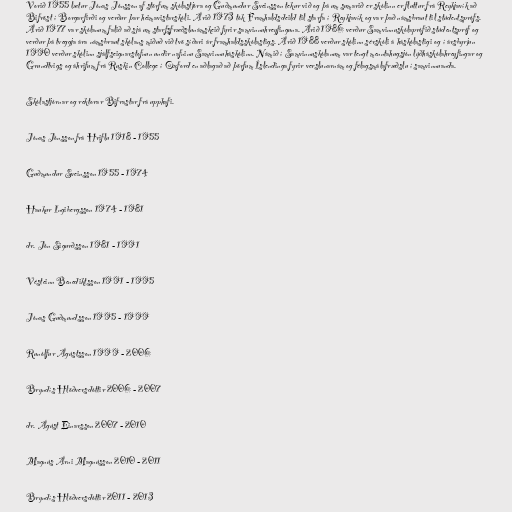
Vorið 1955 lætur Jónas Jónsson af störfum skólastjóra og Guðmundur Sveinsson tekur við og þá um sumarið er skólinn er fluttur frá Reykjavík að
Bifröst í Borgarfirði og verður þar heimavistarskóli. Árið 1973 tók Framhaldsdeild til starfa í Reykjavík og var það námsbraut til stúdentsprófs.
Árið 1977 var skólanum falið að sjá um starfsfræðslunámskeið fyrir samvinnuhreyfinguna. Árið 1986 verður Samvinnuskólaprófið stúdentspróf og
verður þá tveggja ára námsbraut skólans miðuð við tvö síðari ár framhaldsskólastigs. Árið 1988 verður skólinn sérskóli á háskólastigi og í ársbyrjun
1990 verður skólinn sjálfseignarstofnun undir nafninu Samvinnuháskólinn. Námið í Samvinnuskólanum var tengt menntahugsjón lýðháskólahreyfingar og
Grundtvigs og áhrifum frá Ruskin College í Oxford en aðlagað að þörfum Íslendinga fyrir verslunarnám og félagsmálafræðslu í samvinnuanda.

Skólastjórnar og rektorar Bifrastar frá upphafi.

Jónas Jónsson frá Hriflu 1918 - 1955

Guðmundur Sveinsson 1955 - 1974

Haukur Ingibergsson 1974 - 1981

dr. Jón Sigurðsson 1981 - 1991

Vésteinn Benediktsson 1991 - 1995

Jónas Guðmundsson 1995 - 1999

Runólfur Ágústsson 1999 - 2006

Bryndís Hlöðversdóttir 2006 - 2007

dr. Ágúst Einarsson 2007 - 2010

Magnús Árni Magnússon 2010 - 2011

Bryndís Hlöðversdóttir 2011 - 2013